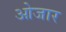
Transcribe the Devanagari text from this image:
ओजार